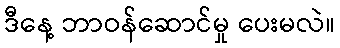
ဒီနေ့ ဘာဝန်ဆောင်မှု ပေးမလဲ။